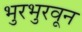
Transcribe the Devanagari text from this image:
भुरभुरवून